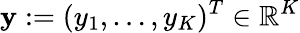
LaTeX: \mathbf{y}:=(y_{1},\dots,y_{K})^{T}\in\mathbb{R}^{K}